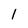
Character: 1